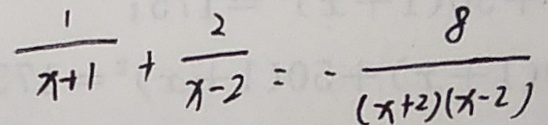
\frac { 1 } { x + 1 } + \frac { 2 } { x - 2 } = - \frac { 8 } { ( x + 2 ) ( x - 2 ) }